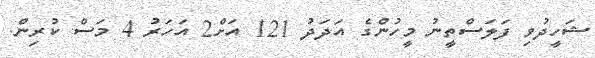
ޝަހީދުވި ފަލަސްތީނު މީހުންގެ އަދަދު 121 އަށް2 އަހަރު 4 މަސް ކުރިން.